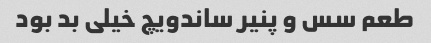
طعم سس و پنیر ساندویچ خیلی بد بود